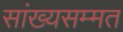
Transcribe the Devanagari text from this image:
सांख्यसम्मत